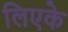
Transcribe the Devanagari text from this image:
लिएके